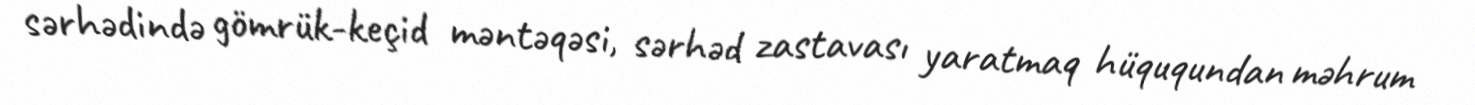
sərhədində gömrük-keçid məntəqəsi, sərhəd zastavası yaratmaq hüququndan məhrum